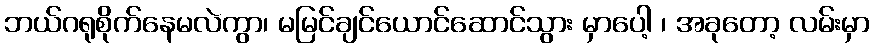
ဘယ်ဂရုစိုက်နေမလဲကွာ၊ မမြင်ချင်ယောင်ဆောင်သွား မှာပေါ့ ၊ အခုတော့ လမ်းမှာ